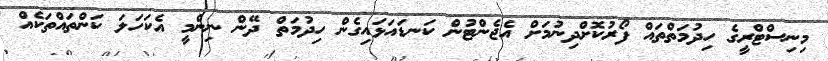
މިނިސްޓްރީގެ ހިދުމަތްތައް ފޯރުކޮށްދިނުމަށް އެޖެންޓުން ކަނޑައަޅައިގެން ހިދުމަތް ދޭން ނިންމީ އެކަހަލަ ކަންތައްތަކެއް